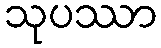
သုပဿာ